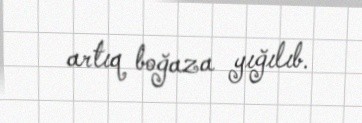
artıq boğaza yığılıb.